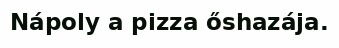
Nápoly a pizza őshazája.